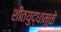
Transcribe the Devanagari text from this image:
शीतयुद्धामुळे